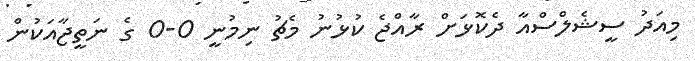
މިއަދު ސީޝެލްސްއާ ދެކޮޅަށް ރާއްޖެ ކުޅުނު މެޗު ނިމުނީ 0-0 ގެ ނަތީޖާއަކުން